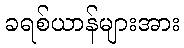
ခရစ်ယာန်များအား